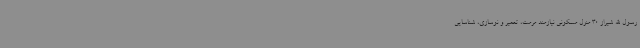
رسول الله شیراز 30 منزل مسکونی نیازمند مرمت، تعمیر و نوسازی، شناسایی